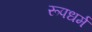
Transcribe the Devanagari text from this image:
रूपधर्म